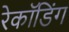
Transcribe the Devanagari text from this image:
रेकॉडिंग